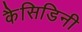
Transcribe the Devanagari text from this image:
कैसिडिनी